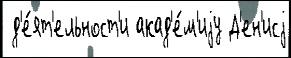
 д'е́ят'ельност'и акад'е́м'иjу Д'ен'исj